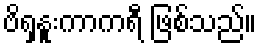
ဗိရှနူးကာကရီ ဖြစ်သည်။